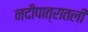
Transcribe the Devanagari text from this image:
नदीपात्रातली